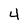
Character: 4